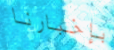
بإخبارنا